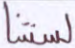
لسنتنا